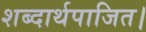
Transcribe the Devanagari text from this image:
शब्दार्थपाजित।